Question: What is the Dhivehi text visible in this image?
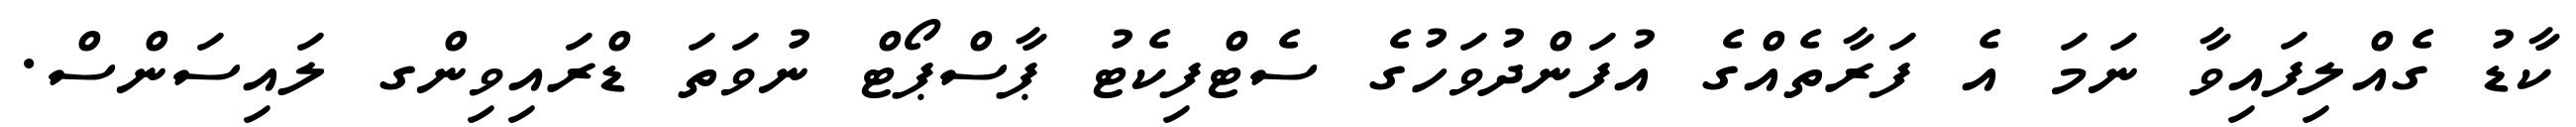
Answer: ކާޑު ގެއްލިފައިވާ ނަމަ އެ ފަރާތެއްގެ އުފަންދުވަހުގެ ސެޓްފިކެޓު ޕާސްޕޯޓް ނުވަތަ ޑްރައިވިންގ ލައިސަންސް.